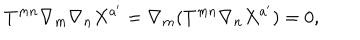
LaTeX: T ^ { m n } \nabla _ { m } \nabla _ { n } X ^ { a ^ { \prime } } = \nabla _ { m } ( T ^ { m n } \nabla _ { n } X ^ { a ^ { \prime } } ) = 0 ,